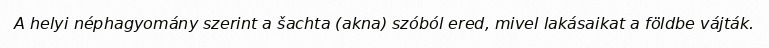
A helyi néphagyomány szerint a šachta (akna) szóból ered, mivel lakásaikat a földbe vájták.